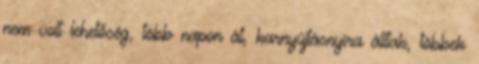
nem volt lehetőség, több napon át, karnyújtásnyira álltak, többek